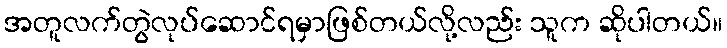
အတူလက်တွဲလုပ်ဆောင်ရမှာဖြစ်တယ်လို့လည်း သူက ဆိုပါတယ်။